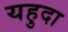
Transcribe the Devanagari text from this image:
यहुदा